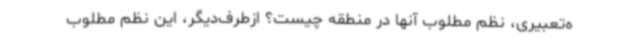
ه‌تعبیری، نظم مطلوب آنها در منطقه چیست؟ ازطرف‌دیگر، این نظم مطلوب